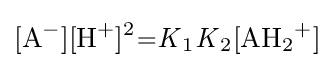
{\ce {[A^{-}][H+]^{2}={\mathit {K}}_{1}{\mathit {K}}_{2}[AH2+]}}